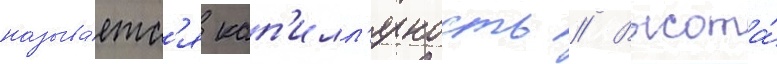
называ́етс'я кап'илл'ярность // Высота́